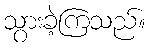
သွားခဲ့ကြသည်။